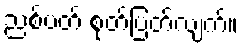
ညစ်ပတ် စုတ်ပြတ်လျက်။